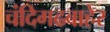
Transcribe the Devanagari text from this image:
चंदिगढबाहेर